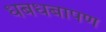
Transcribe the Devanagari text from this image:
धबधबापण